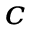
^ c